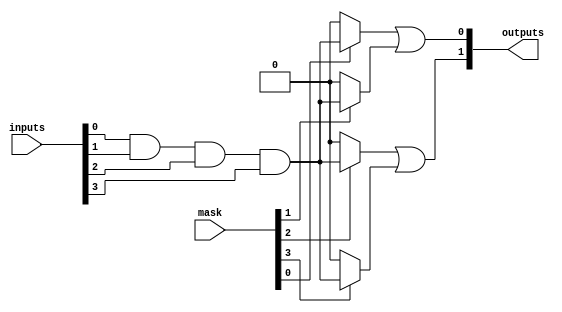
module MaskedPAL #(
    parameter NUM_INPUTS = 4,      // Number of inputs
    parameter NUM_AND_GATES = 4,   // Number of AND gates
    parameter NUM_OUTPUTS = 2       // Number of outputs
)(
    input  [NUM_INPUTS-1:0] inputs, // Input variables
    input  [NUM_AND_GATES-1:0] mask, // Mask for programming AND gates
    output [NUM_OUTPUTS-1:0] outputs // Output variables
);

    // Internal signals for AND gate outputs
    wire [NUM_AND_GATES-1:0] and_out;

    // AND Plane: Programmable AND gates
    genvar i;
    generate
        for (i = 0; i < NUM_AND_GATES; i = i + 1) begin : and_gate
            // Each AND gate output is determined by the corresponding mask
            assign and_out[i] = (mask[i]) ? 
                                (inputs[0] & inputs[1] & inputs[2] & inputs[3]) : 1'b0; // Example: All inputs ANDed
        end
    endgenerate

    // OR Plane: Fixed OR gates
    // Example: Assuming each output is a combination of certain AND gates
    assign outputs[0] = and_out[0] | and_out[1]; // Output 0 combines AND gate 0 and 1
    assign outputs[1] = and_out[2] | and_out[3]; // Output 1 combines AND gate 2 and 3

endmodule